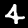
Digit: 4